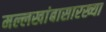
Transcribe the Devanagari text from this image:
मल्लखांबासारख्या